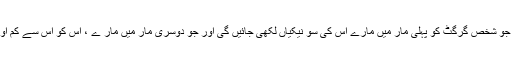
ایک دوسری روایت میں ہے کہ نبیﷺ نے فرمایا: جو شخص گرگٹ کو پہلی مار میں مارے اس کی سو نیکیاں لکھی جائیں گی اور جو دوسری مار میں مار ے ، اس کو اس سے کم اور جو تیسری مار میں مارے ، اس کو اس سے کم۔